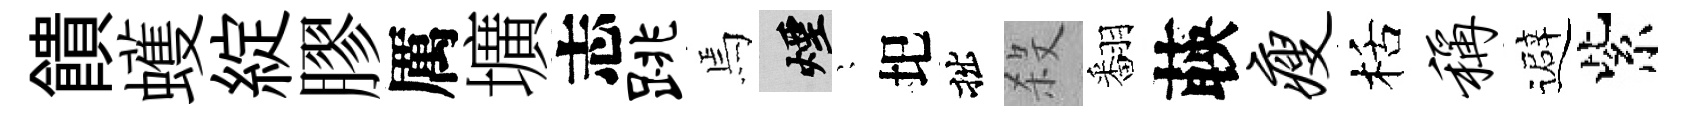
饋蠖綻膠厲壙志跳焉煙隠圯拙殺翻𦴤瘦栝称避紫